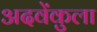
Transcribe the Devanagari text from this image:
अदवेंकुला